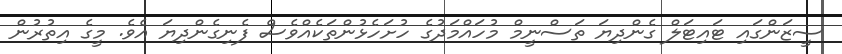
ސީޒަންގައި ޓައިޓަލް ގެންދިޔަ ތަސްނީމް މުހައްމަދުގެ ހުށަހެޅުންތަކެއްވެސް ފެނިގެންދިޔަ އެވެ. މީގެ އިތުރުން